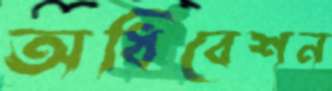
অধিবেশন